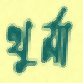
খুর্মা